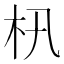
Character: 㭄